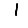
Digit: 1